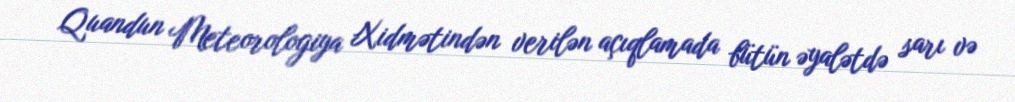
Quandun Meteorologiya Xidmətindən verilən açıqlamada bütün əyalətdə sarı və